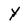
Character: Y